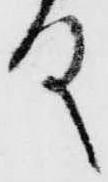
殿